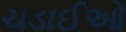
ચડાઈઓ